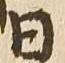
日